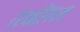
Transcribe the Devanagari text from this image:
रियलिस्ट